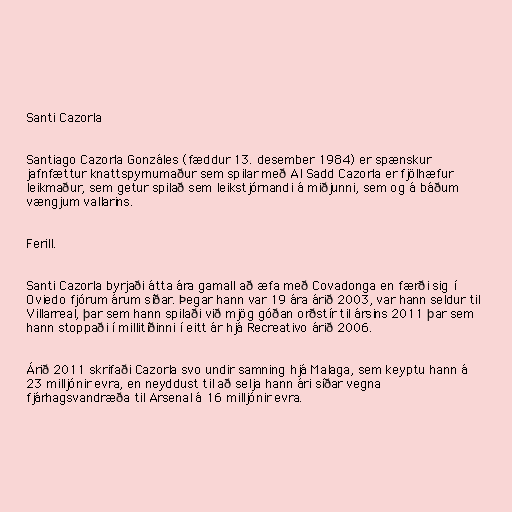
Santi Cazorla

Santiago Cazorla Gonzáles (fæddur 13. desember 1984) er spænskur
jafnfættur knattspyrnumaður sem spilar með Al Sadd Cazorla er fjölhæfur
leikmaður, sem getur spilað sem leikstjórnandi á miðjunni, sem og á báðum
vængjum vallarins.

Ferill.

Santi Cazorla byrjaði átta ára gamall að æfa með Covadonga en færði sig í
Oviedo fjórum árum síðar. Þegar hann var 19 ára árið 2003, var hann seldur til
Villarreal, þar sem hann spilaði við mjög góðan orðstír til ársins 2011 þar sem
hann stoppaði í millitíðinni í eitt ár hjá Recreativo árið 2006.

Árið 2011 skrifaði Cazorla svo undir samning hjá Malaga, sem keyptu hann á
23 milljónir evra, en neyddust til að selja hann ári síðar vegna
fjárhagsvandræða til Arsenal á 16 milljónir evra.